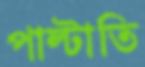
পাল্টাতি